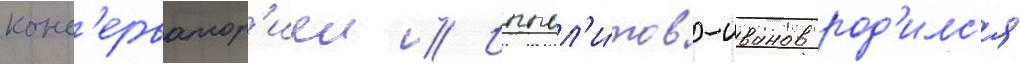
конс'ерватор'иеи // Иппол'и́тов-иванов род'илс'я